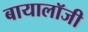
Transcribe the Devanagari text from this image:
बायालॉजी